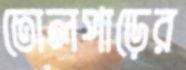
তোলপাড়ের